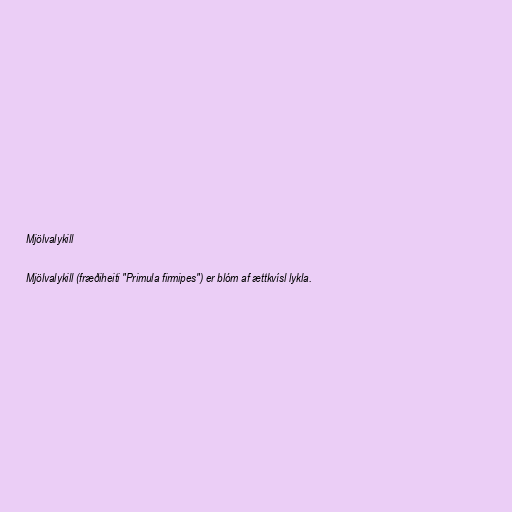
Mjölvalykill

Mjölvalykill (fræðiheiti "Primula firmipes") er blóm af ættkvísl lykla.